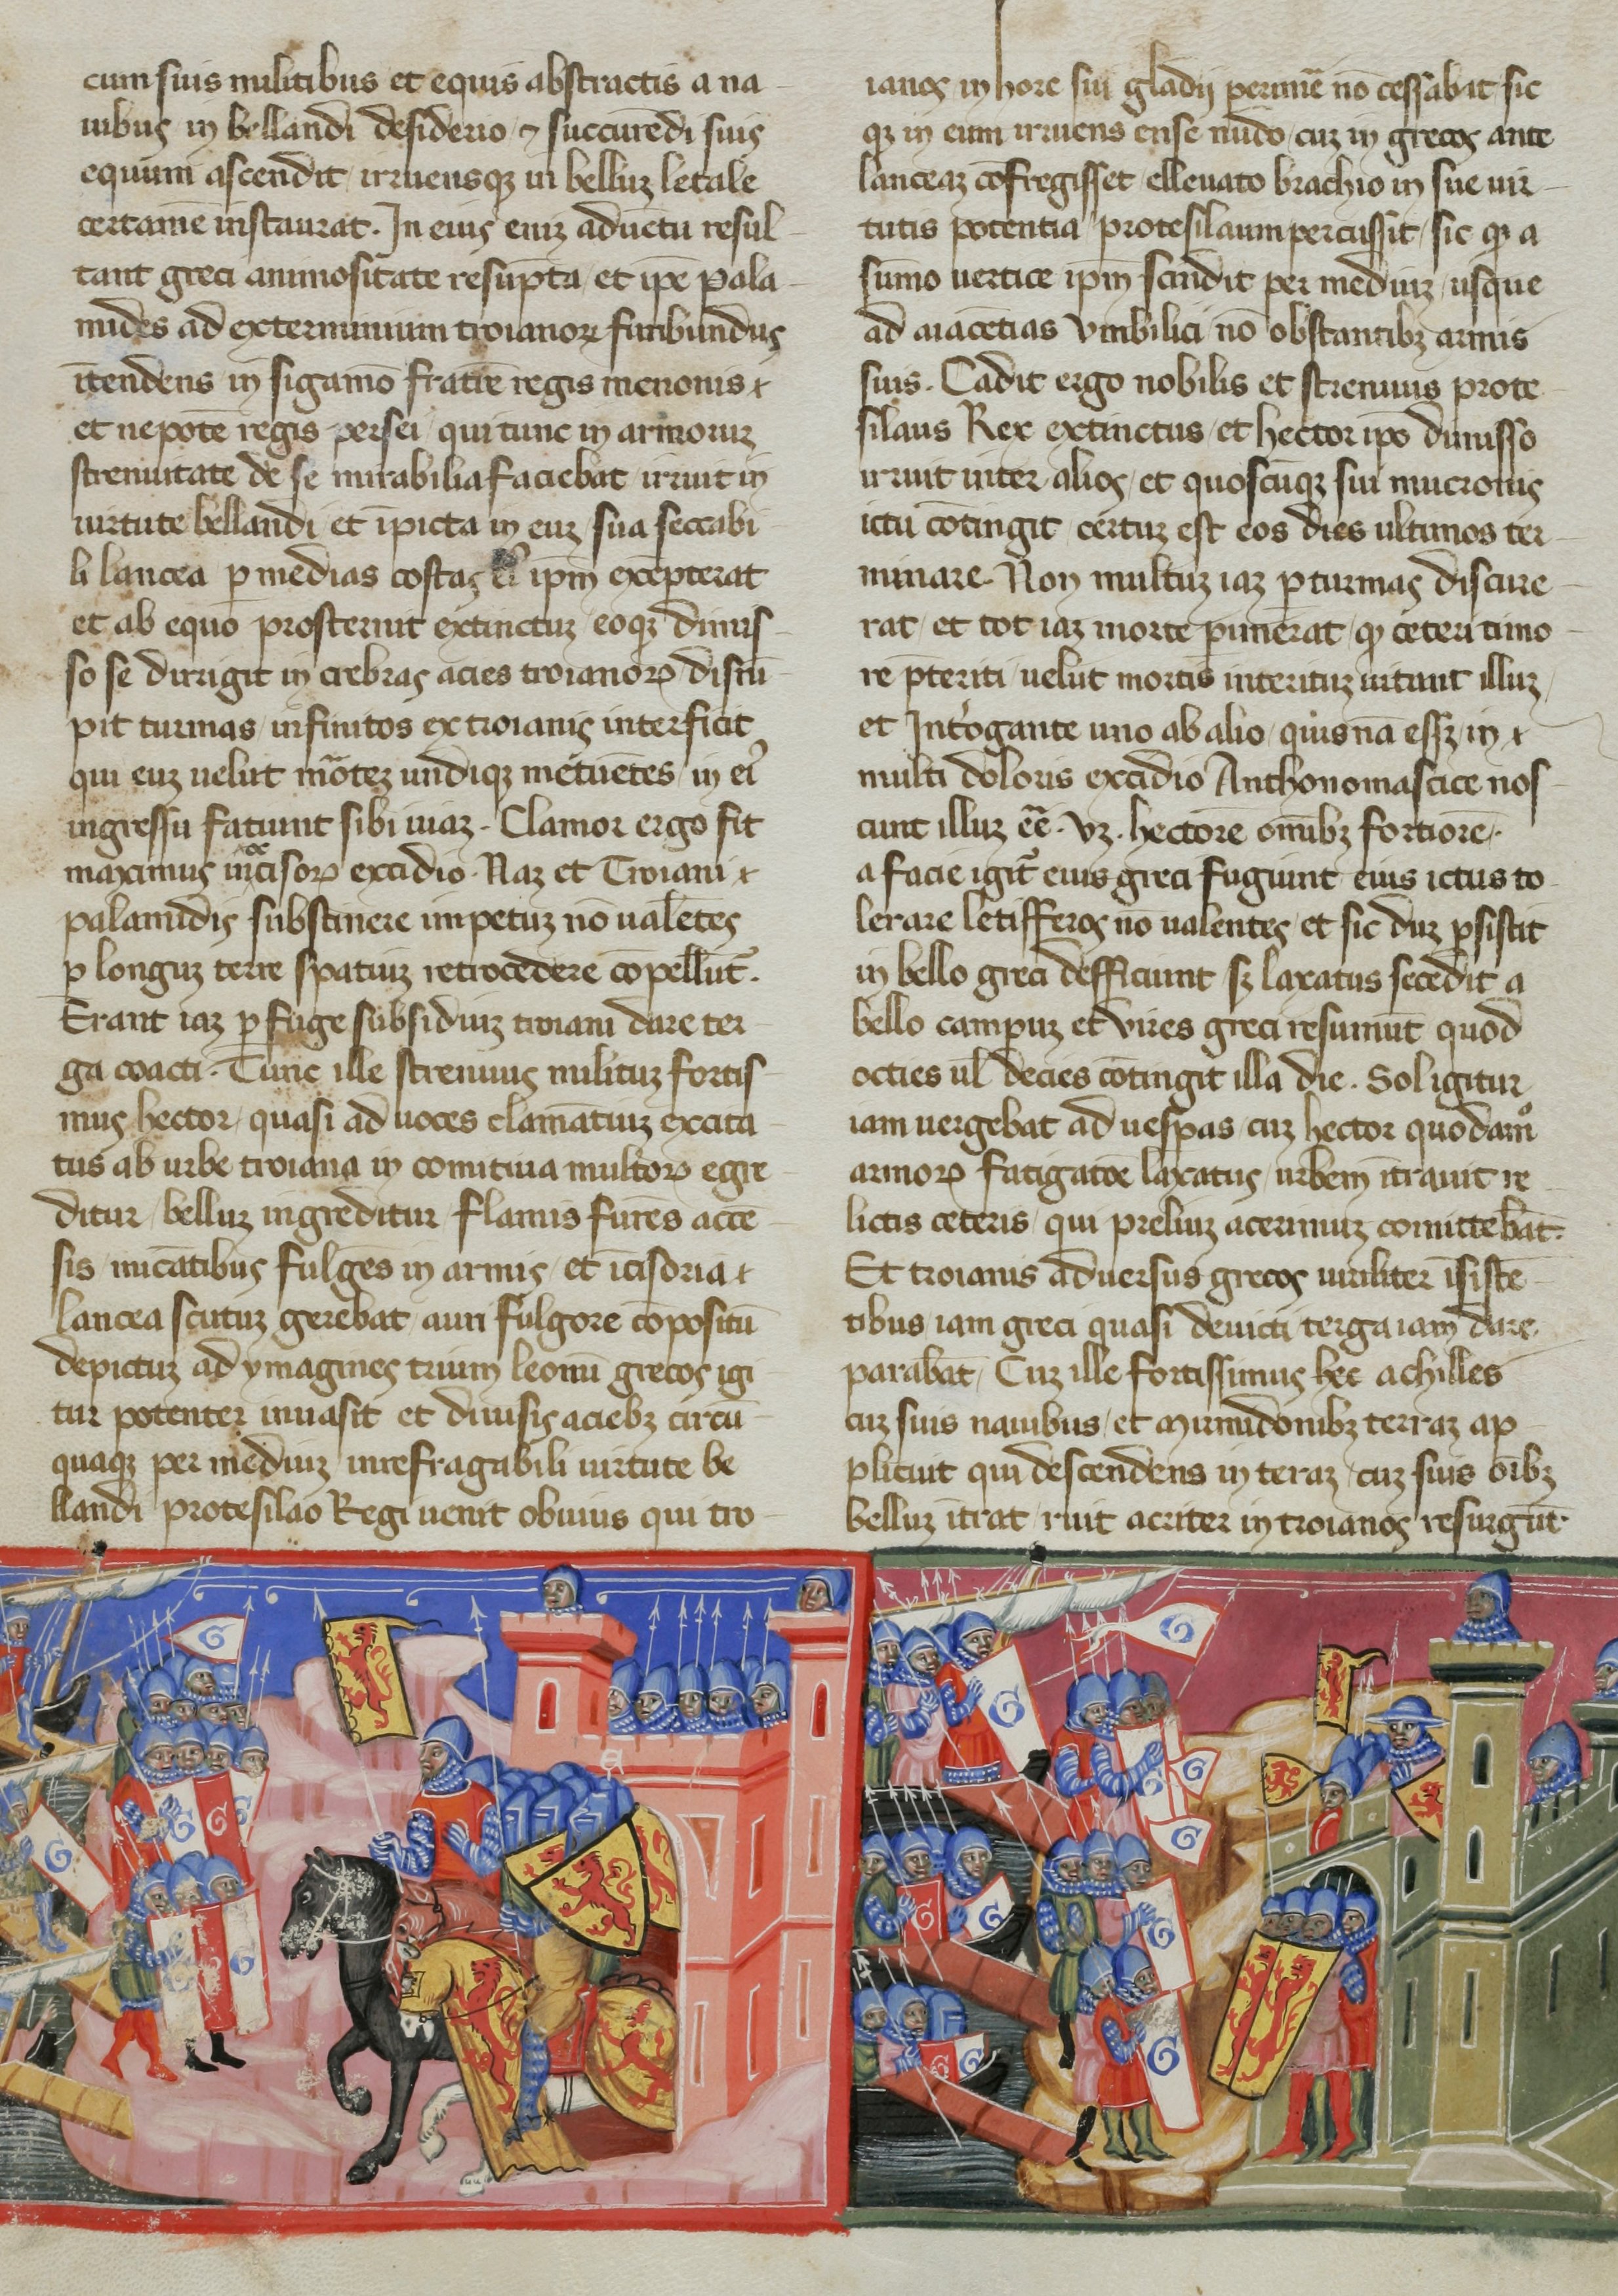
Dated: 1365–1375